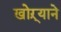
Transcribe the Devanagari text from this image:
खोऱ्याने